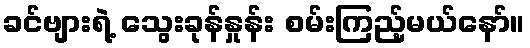
ခင်ဗျားရဲ့ သွေးခုန်နှုန်း စမ်းကြည့်မယ်နော်။